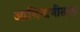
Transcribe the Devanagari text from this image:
आणिबाणीसदृश